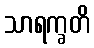
သာရက္ခတိ